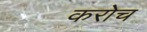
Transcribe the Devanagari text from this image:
करोच